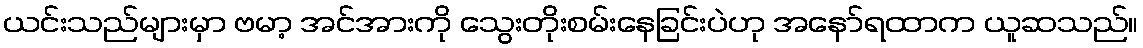
ယင်းသည်များမှာ ဗမာ့ အင်အားကို သွေးတိုးစမ်းနေခြင်းပဲဟု အနော်ရထာက ယူဆသည်။